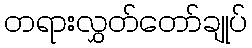
တရားလွှတ်တော်ချုပ်